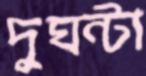
দুঘন্টা